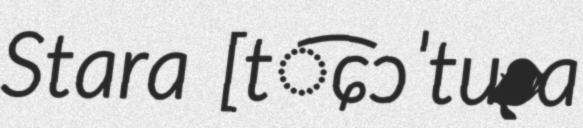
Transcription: Stara [t͡ɕɔˈtuʂa